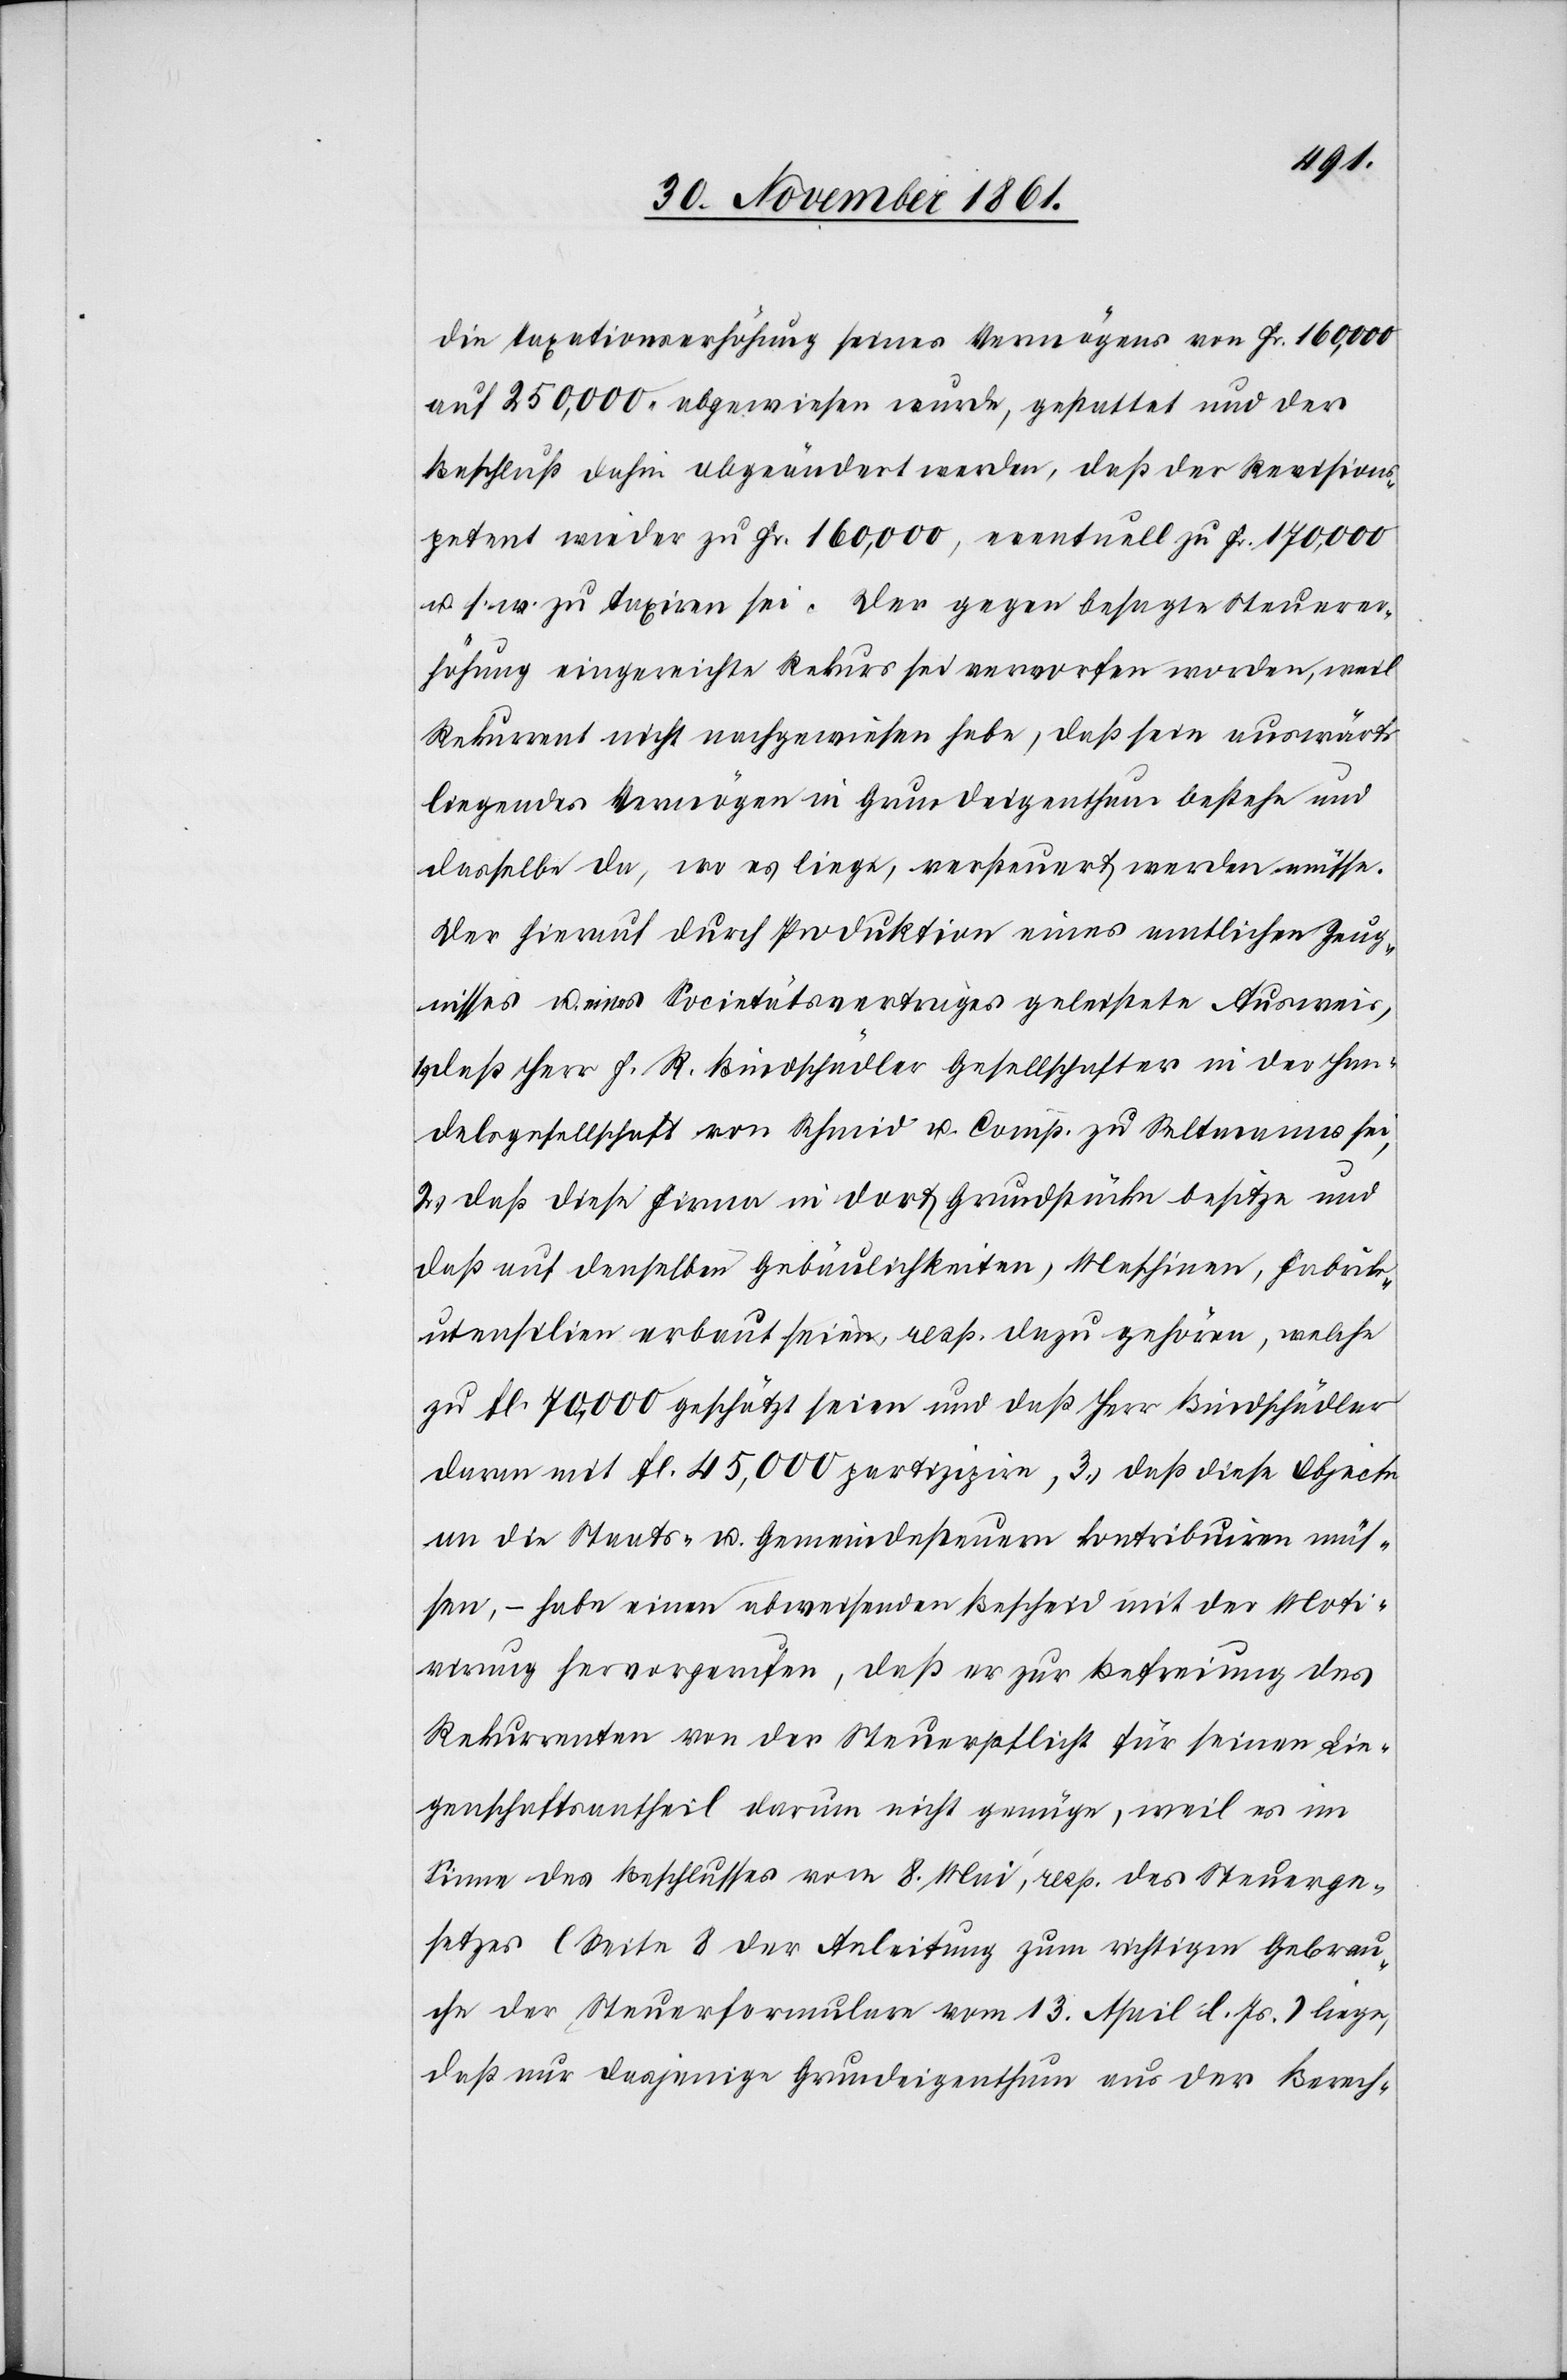
die Taxationserhöhung seines Vermögens von Fr. 160,000
auf 250,000 abgewiesen wurde, gestattet und der
Beschluß dahin abgeändert werden, daß der Revisions¬
petent wieder zu Fr. 160,000 eventuell zu Fr. 170,000
u. s. w. zu taxiren sei. Der gegen besagte Steuerer¬
höhung eingereichte Rekurs sei verworfen worden, weil
Rekurrent nicht nachgewiesen habe, daß sein auswärts
liegendes Vermögen in Grundeigenthum bestehe und
dasselbe da, wo es liege, versteuert werden müsse.
Der hierauf durch Produktion eines amtlichen Zeug¬
nisses u. eines Societätsvertrages geleistete Ausweis,
daß Herr F. R. Bindschädler Gesellschafter in der Han¬
delsgesellschaft von Schmid u. Comp. zu Seltmanns sei,
2.) daß diese Firma in dort Grundstücke besitze und
daß auf denselben Gebäulichkeiten, Maschinen, Fabrik¬
utensilien erbaut seien, resp. dazu gehören, welche
zu fl. 70,000 geschätzt seien und daß Herr Bindschädler
darum mit fl. 45,000 partizipire, 3.) daß diese Objecte
an die Staats- u. Gemeindesteuern kontribuiren müs¬
sen, – habe einen abgewiesenen Bescheid mit der Moti¬
virung hervorgerufen, daß er zur Befreiung des
Rekurrenten von der Steuerpflicht für seinen Lie¬
genschaftsantheil darum nicht genüge, weil es im
Sinne des Beschlusses vom 8 Mai, resp. des Steuerge¬
setzes (Seite 8 der Anleitung zum richtigen Gebrau¬
che der Steuerformulare vom 13 April l. Js.) liege,
daß nur dasjenige Grundeigenthum aus der Berech-